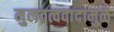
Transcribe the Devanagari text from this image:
मुलतत्ववादामुळे